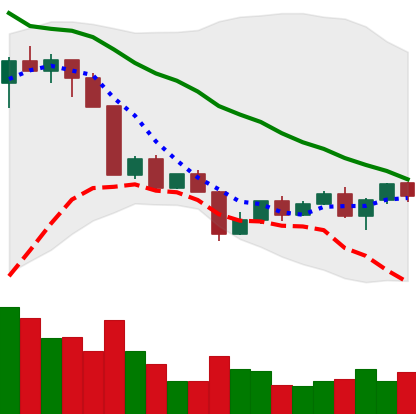
Ticker: NEO-USD
Chart end date: 2022-04-20
Forward return: -6.874%
Label: down_5_7